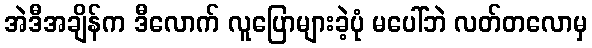
အဲဒီအချိန်က ဒီလောက် လူပြောများခဲ့ပုံ မပေါ်ဘဲ လတ်တလောမှ